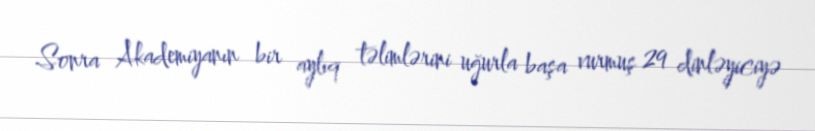
Sonra Akademiyanın bir aylıq təlimlərini uğurla başa vurmuş 29 dinləyiciyə